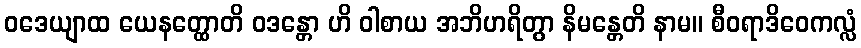
ဝဒေယျာထ ယေနတ္ထောတိ ဝဒန္တော ဟိ ဝါစာယ အဘိဟရိတွာ နိမန္တေတိ နာမ။ စီဝရာဒိဝေကလ္လံ